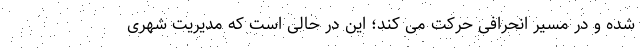
شده و در مسیر انحرافی حرکت می کند؛ این در حالی است که مدیریت شهری